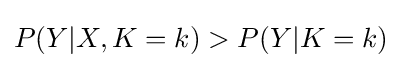
P(Y|X,K=k)>P(Y|K=k)